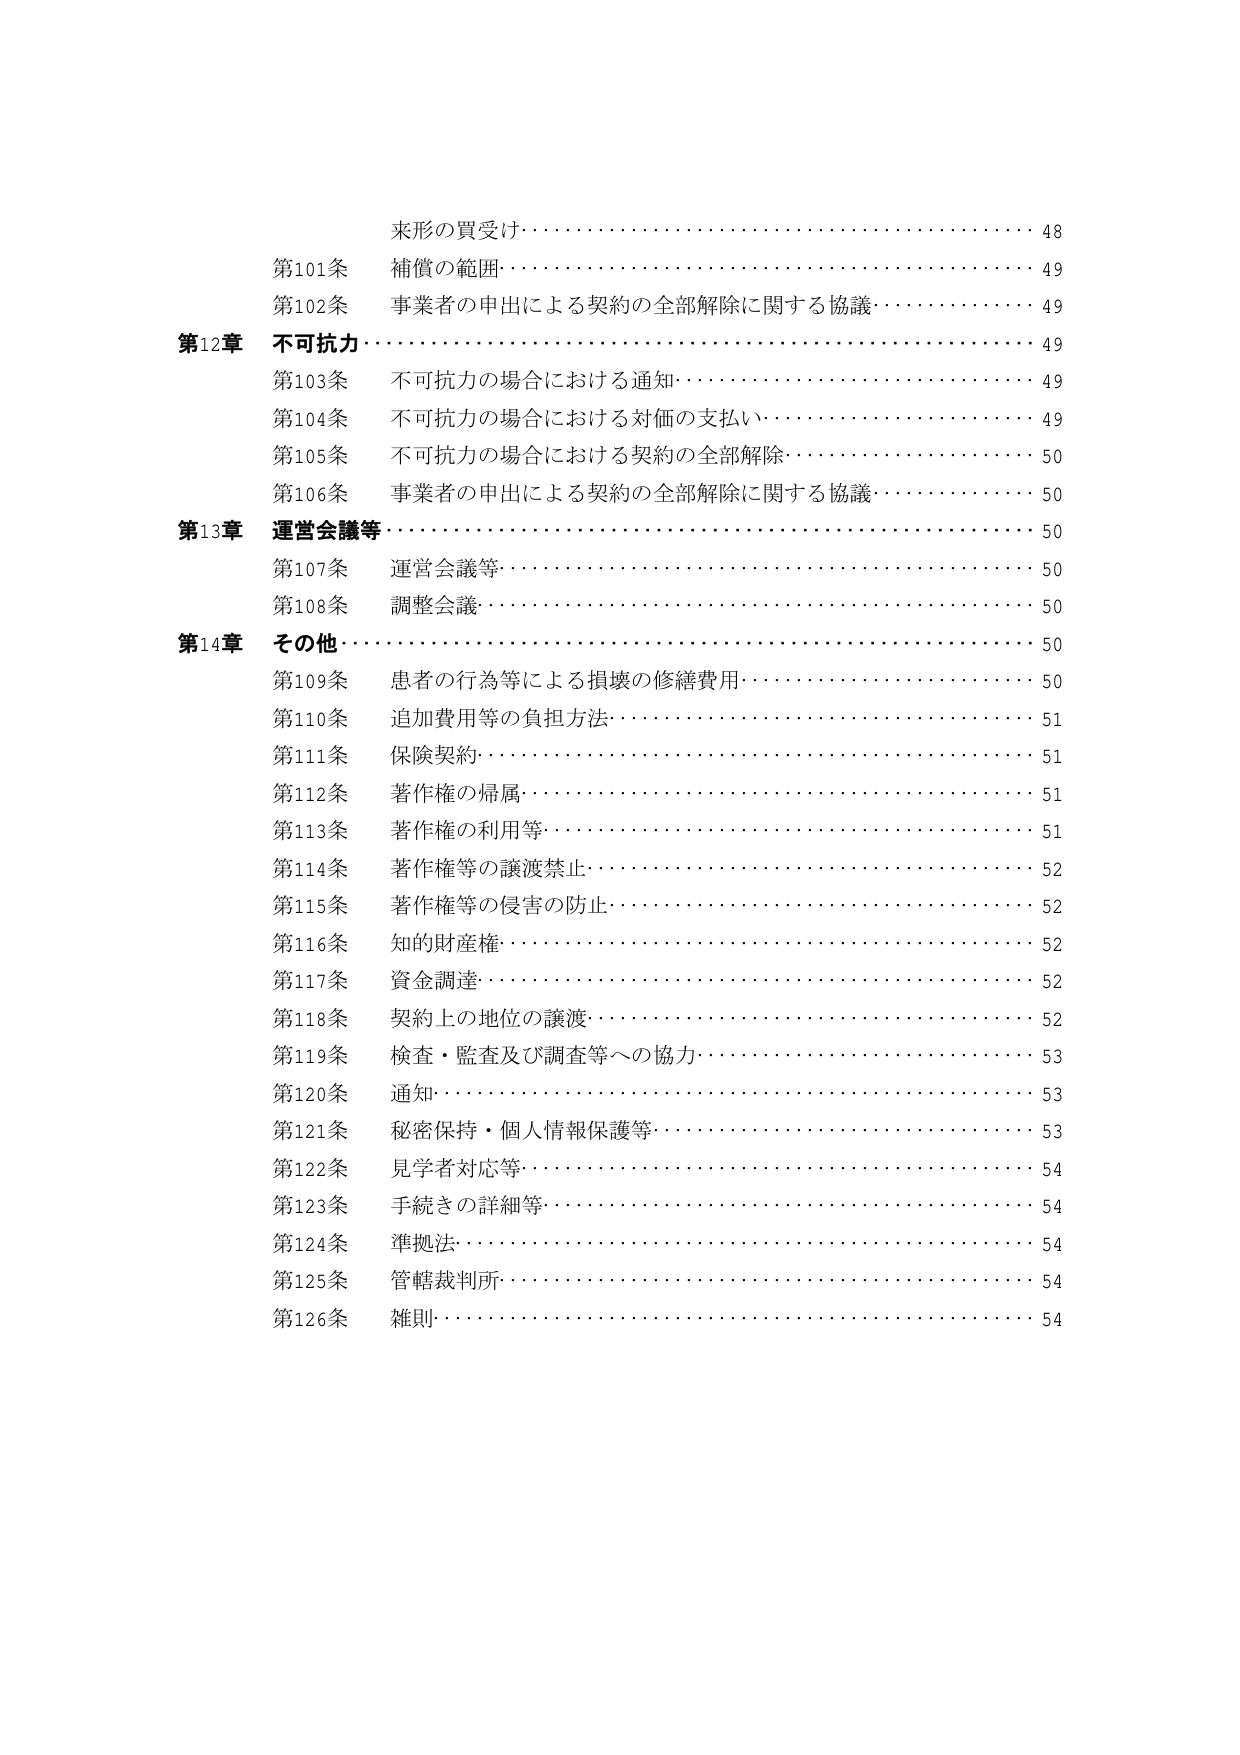
来形の買受け………………………………………………… 48
第101条 補償の範囲………………………………………………… 49
第102条 事業者の申出による契約の全部解除に関する協議……………… 49
第12章 不可抗力……………………………………………………… 49
第103条 不可抗力の場合における通知………………………………… 49
第104条 不可抗力の場合における対価の支払い………………………… 49
第105条 不可抗力の場合における契約の全部解除……………………… 50
第106条 事業者の申出による契約の全部解除に関する協議……………… 50
第13章 運営会議等…………………………………………………… 50
第107条 運営会議等…………………………………………………… 50
第108条 調整会議……………………………………………………… 50
第14章 その他………………………………………………………… 50
第109条 患者の行為等による損壊の修繕費用…………………………… 50
第110条 追加費用等の負担方法………………………………………… 51
第111条 保険契約……………………………………………………… 51
第112条 著作権の帰属…………………………………………………… 51
第113条 著作権の利用等………………………………………………… 51
第114条 著作権等の譲渡禁止…………………………………………… 52
第115条 著作権等の侵害の防止………………………………………… 52
第116条 知的財産権……………………………………………………… 52
第117条 資金調達………………………………………………………… 52
第118条 契約上の地位の譲渡…………………………………………… 52
第119条 検査・監査及び調査等への協力………………………………… 53
第120条 通知…………………………………………………………… 53
第121条 秘密保持・個人情報保護等……………………………………… 53
第122条 見学者対応等…………………………………………………… 54
第123条 手続きの詳細等………………………………………………… 54
第124条 準拠法…………………………………………………………… 54
第125条 管轄裁判所……………………………………………………… 54
第126条 雑則…………………………………………………………… 54